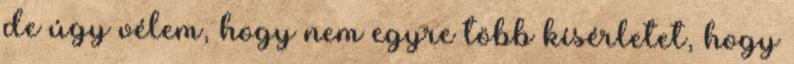
de úgy vélem, hogy nem egyre több kísérletet, hogy